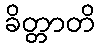
ခိတ္တာတိ